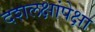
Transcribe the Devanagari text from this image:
दशलक्षांपेक्षा